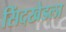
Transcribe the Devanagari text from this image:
सिंदखेडला